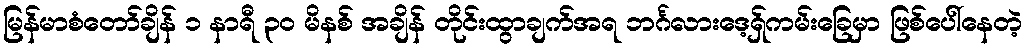
မြန်မာစံတော်ချိန် ၁ နာရီ ၃၀ မိနစ် အချိန် တိုင်းထွာချက်အရ ဘင်္ဂလားဒေ့ရှ်ကမ်းခြေမှာ ဖြစ်ပေါ်နေတဲ့